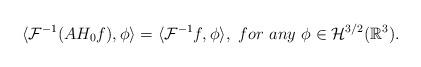
LaTeX: \begin{align*} \langle \mathcal{F}^{-1}(AH_{0}f), \phi \rangle = \langle \mathcal{F}^{-1}f, \phi \rangle,\ for\ any\ \phi \in \mathcal{H}^{3/2}(\mathbb{R}^{3}).\end{align*}